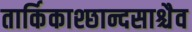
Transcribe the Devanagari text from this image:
तार्किकाश्छान्दसाश्चैव